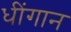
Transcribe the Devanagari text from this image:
धींगान